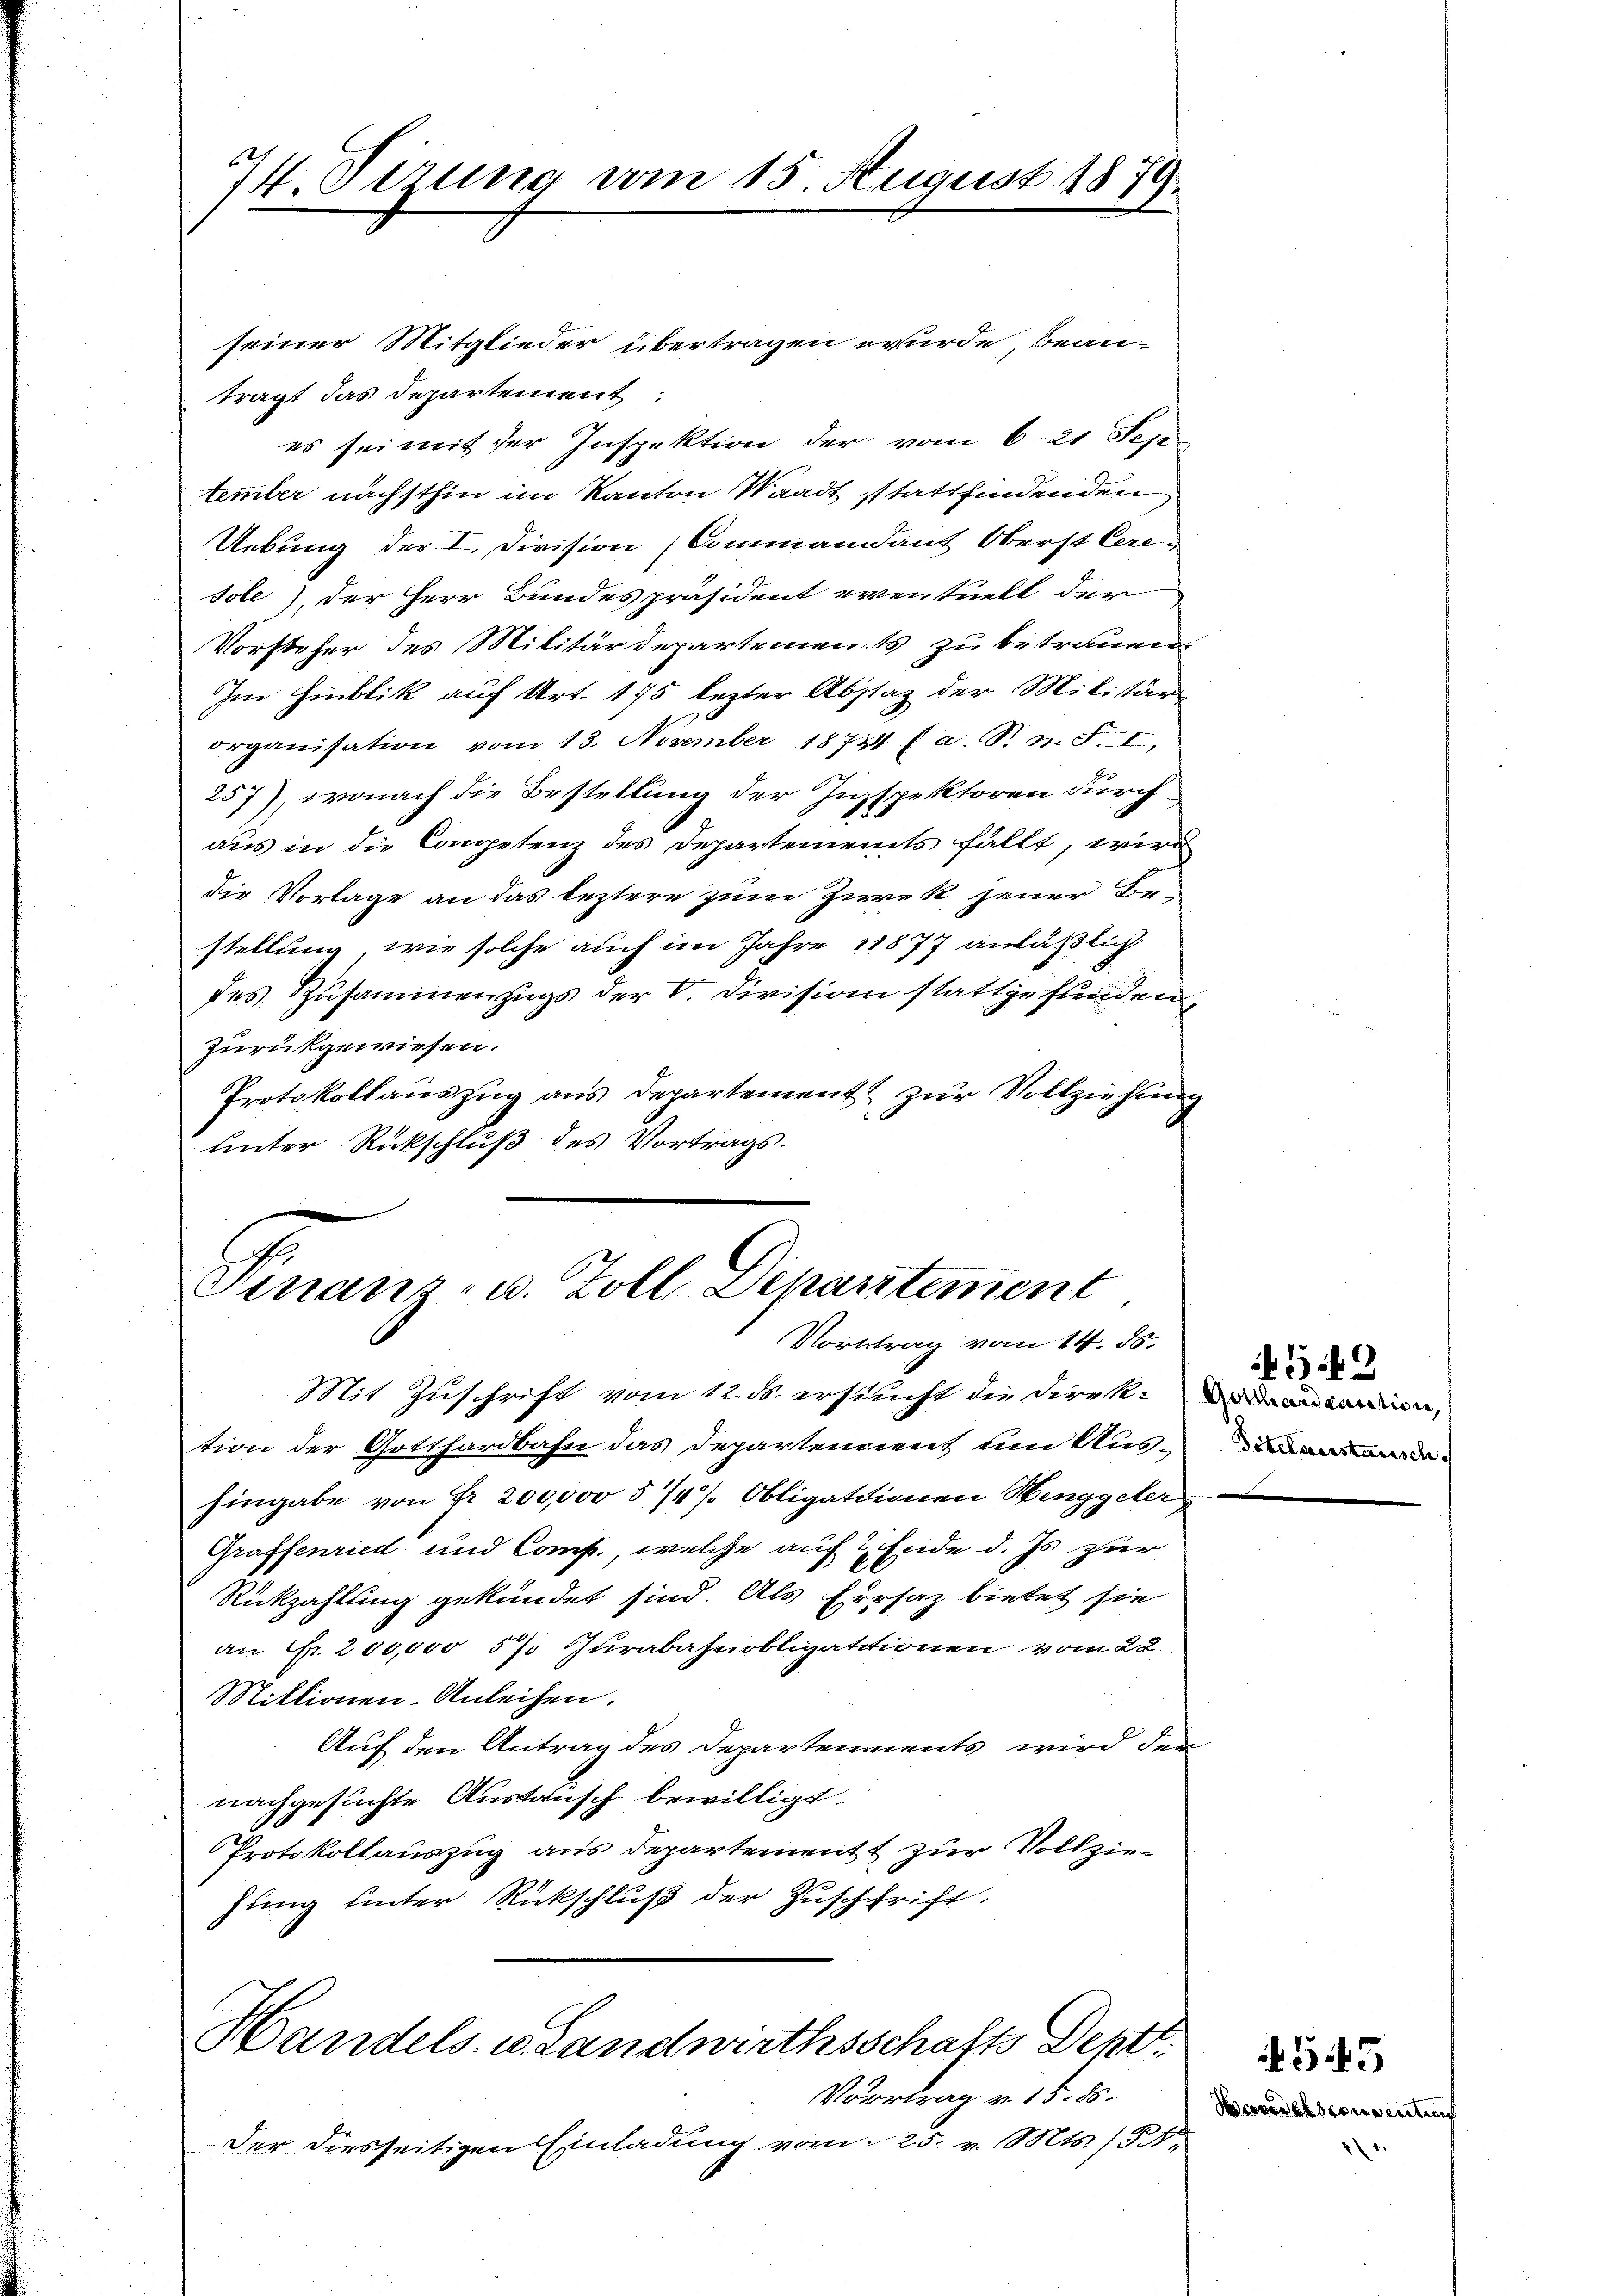
¼. Sizung vom 15. August 1879.

seiner Mitglieder übertragen wurde, bean-
trägt das Departement:
es sei mit der Inspektion der vom 6. 21 Sep
temter nächsthin im Kanton Waadt stattfindenden
Uebung der I. Division (Commandant Oberst Ceresole) der Herr Bundespräsident eventuelt der
Vorsteher des Militärdepartements zu betrauen,
Im Hinblik auf Art. 175 lezter Abstaz der Militär-
organisation vom 13. November 18744 (a. S. n. F. I,
257), wonach die Bestellung der Inspektoren durch
aus in die Competenz des Departements fällt, wird
die Vorlage an das leztere zum Zirek jener Bestellung, wie solche auch im Jahre 11877 anläßlich
des Zusammenzugs der V. Division stattgefunden,
Zurükgewiesen.
Protokollauszug aus Departement zur Vollziehung
unter Rückschluß des Vortrags.

Finanz- u. Zoll Departement
Vortrag vom 14. 85.

Mit Zuschrift vom 12. ds. ersucht die Direk anden,
tion der Gotthardbahn das Departendent um Aushingabe von Fr. 200,000 5/4 % Obligationen Henggeler
Graffenried und Comp., welche auf 2 Ende d. Js. zur
Rückzahlung gekündet sind. Als Errsaz bietet sie
an Fr. 200,000 5% Zurabahnobligationen vom 22.
Miktionen-Anleihen.
Auf den Antrag des Departenments wird den
nachgesuchte Austausch bewilligt.
Protokollauszug aus Departement zur Vollziehung unter Rückschluß der Zuschrift

Handels- u. Landwirthsschafts Dentt

Vortrag v. 15. 56.
Der diesseitigen Einladung vom 25. v. Mts. 138.

4342
Bitelaustausch.

Weradesconventums

545

.